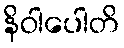
နိဝါပေါတိ